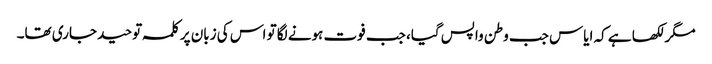
مگر لکھا ہے کہ ایاس جب وطن واپس گیا، جب فوت ہونے لگا تو اس کی زبان پر کلمہ توحید جاری تھا۔